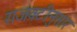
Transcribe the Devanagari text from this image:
राजवटीनुसार